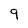
Character: 9